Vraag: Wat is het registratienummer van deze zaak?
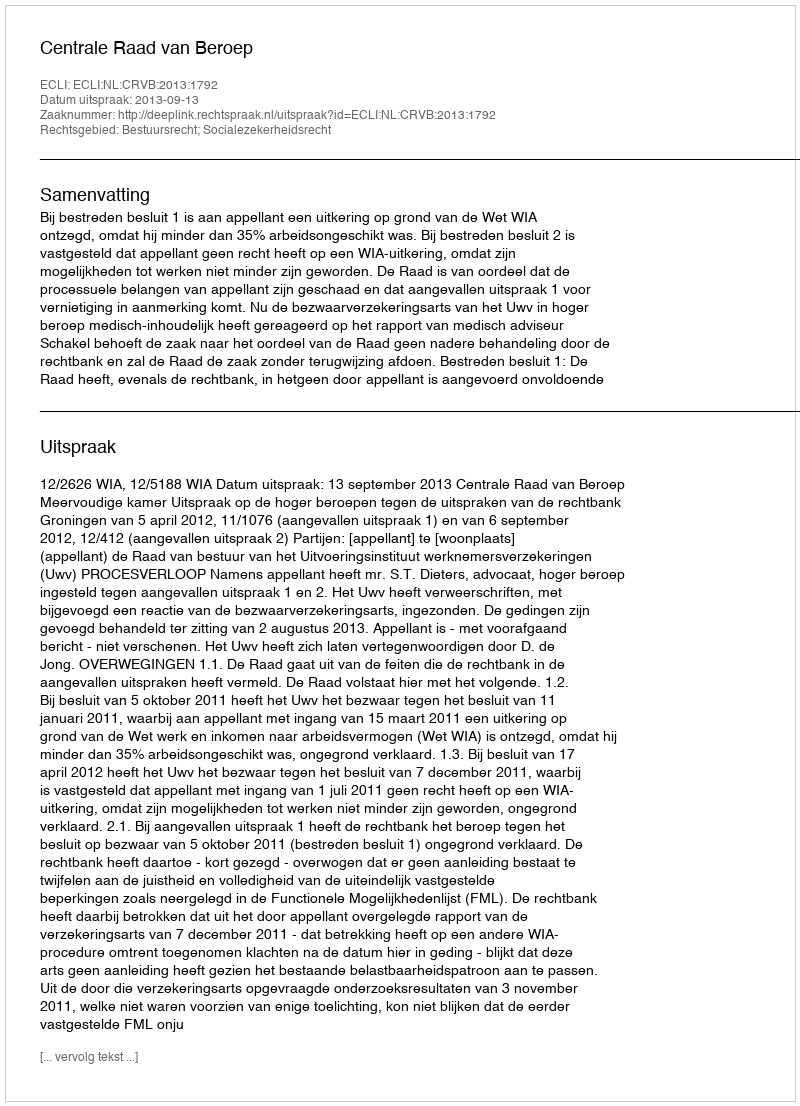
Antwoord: http://deeplink.rechtspraak.nl/uitspraak?id=ECLI:NL:CRVB:2013:1792